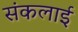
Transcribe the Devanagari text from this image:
संकलाई